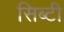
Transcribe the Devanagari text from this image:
सिब्‍टी